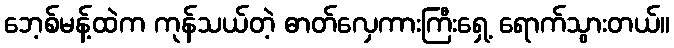
ဘေ့စ်မန့်ထဲက ကုန်သယ်တဲ့ ဓာတ်လှေကားကြီးရှေ့ ရောက်သွားတယ်။